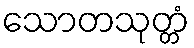
သောတသုတ္တံ